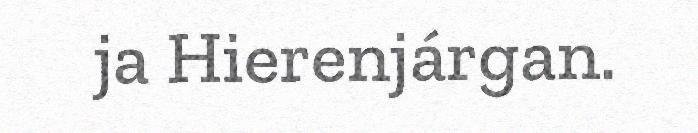
ja Hierenjárgan.